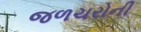
જળચરોની